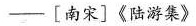
——[南宋]《陆游集》)